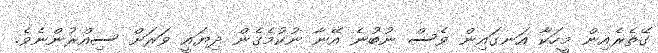
ގޭތެރެއިން މީހަކާ އަނގައިން ވެސް ނުބުނެ އޭނާ ނުކުމެގެން ދިޔައީ ވަރަށް ސިއްރުންނެވެ.